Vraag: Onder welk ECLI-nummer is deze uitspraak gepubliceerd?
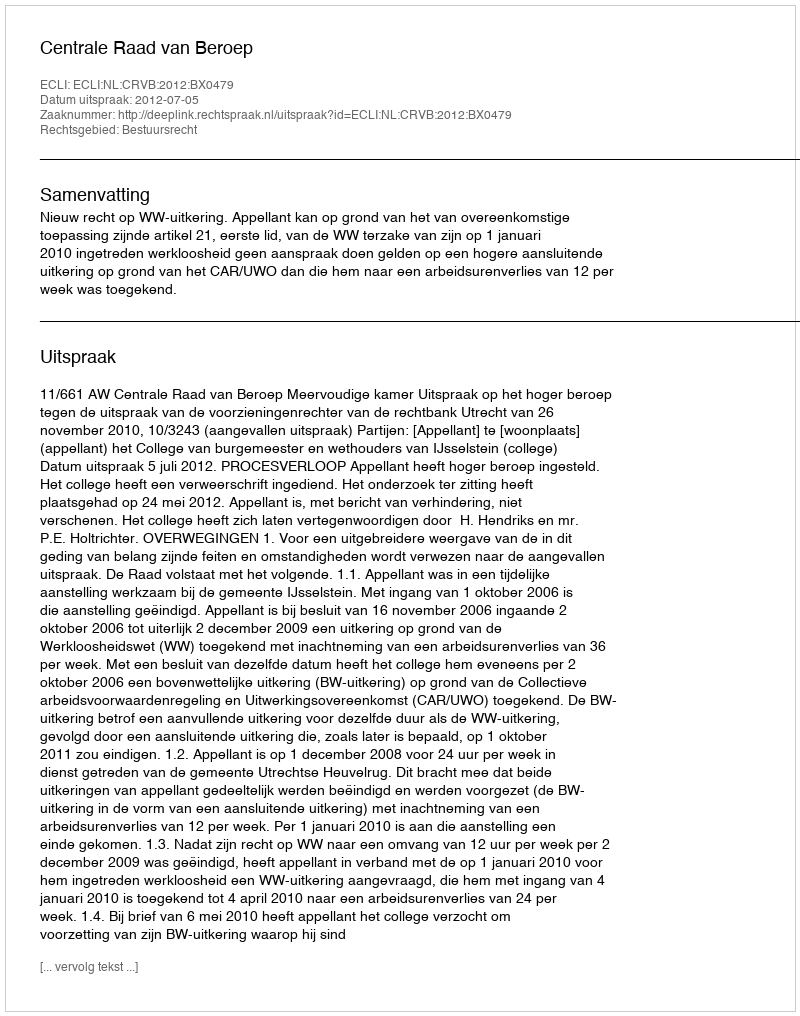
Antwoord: ECLI:NL:CRVB:2012:BX0479